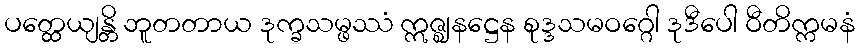
ပတ္ထေယျန္တိ ဘူတတာယ ဒုက္ခသမ္ဖဿံ ဣဇ္ဈနဋ္ဌေန စုဒ္ဒသမဝဂ္ဂေါ ဒုဒီပေါ ဝီတိက္ကမနံ